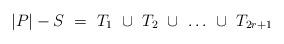
LaTeX: \begin{align*}\begin{minipage}[c]{35pc}$|P|-S\ =\ T_1\ \cup\ T_2\ \cup\ \dots\ \cup\ T_{2r+1}$\end{minipage}\end{align*}